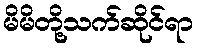
မိမိတို့သက်ဆိုင်ရာ